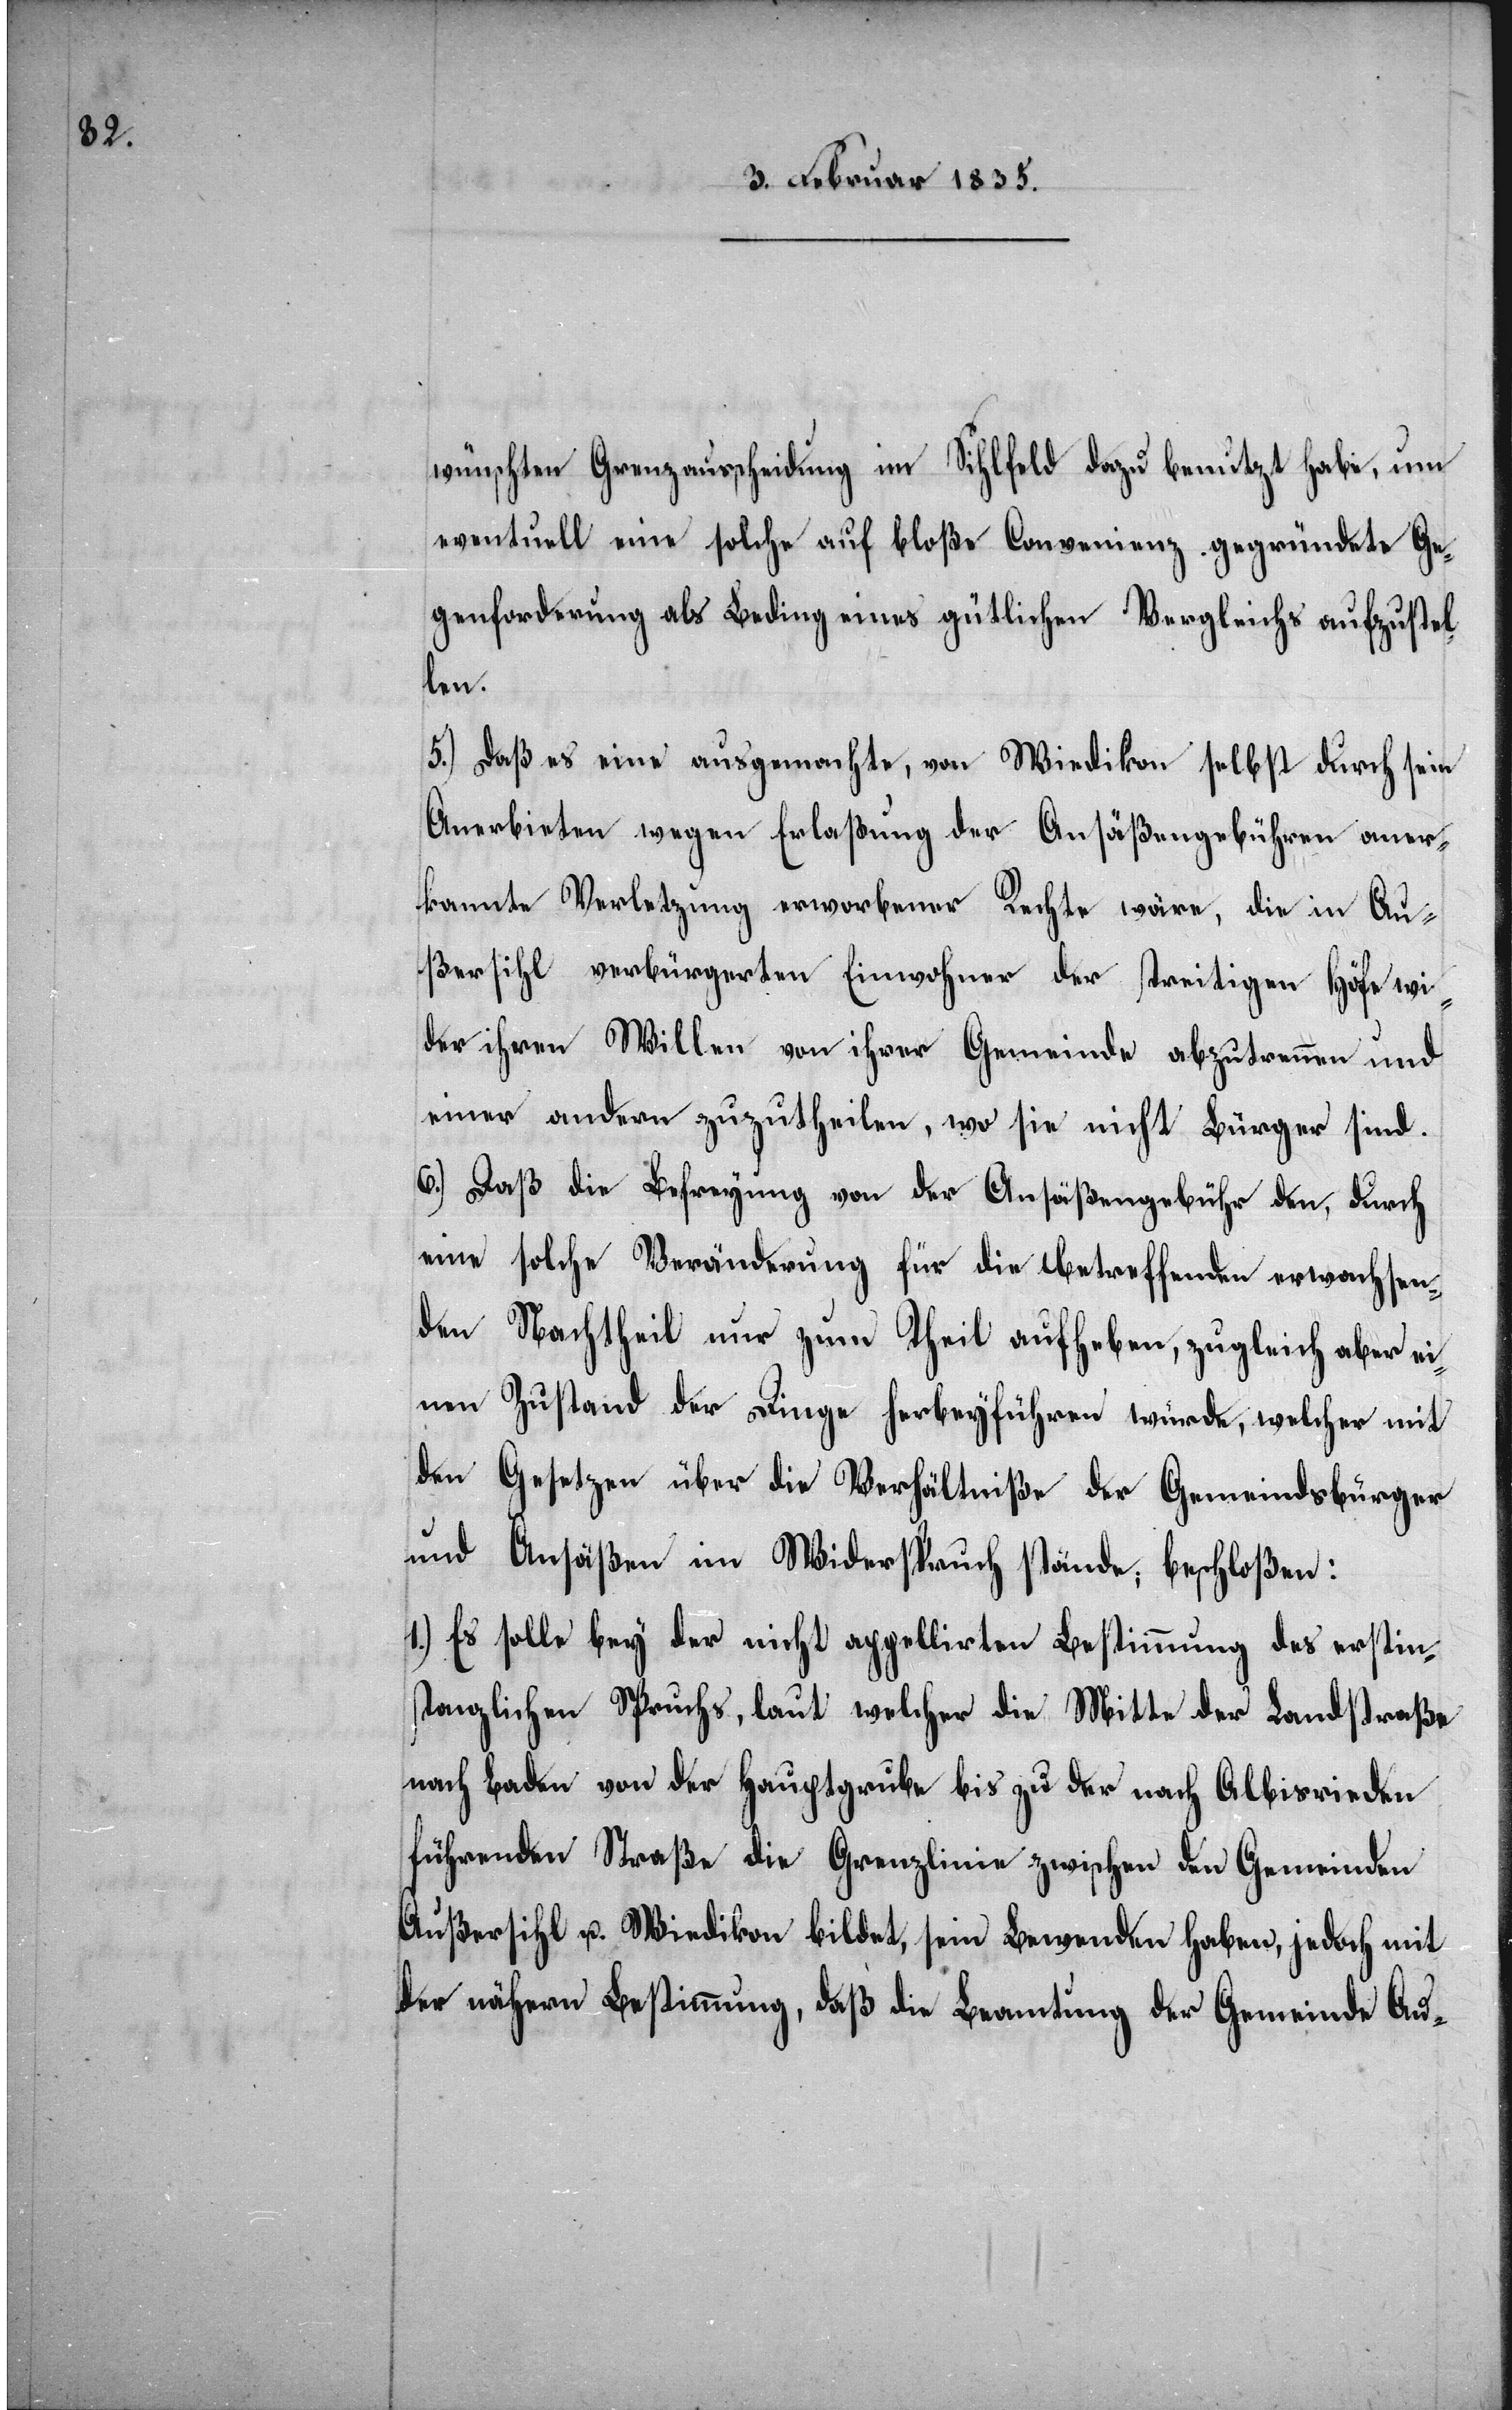
wünschten Grenzausscheidung im Sihlfeld dazu benutzt habe, um
eventuell eine solche auf bloße Convenienz gegründete Ge¬
genforderung als Beding eines gütlichen Vergleichs aufzustel¬
len.
5.) Daß es eine ausgemachte, von Wiedikon selbst durch sein
Anerbieten wegen Entlaßung der Ansäßengebühren aner¬
kannte Verletzung erworbener Rechte wäre, die in Au¬
ßersihl verbürgerten Einwohner der streitigen Höfe wi¬
der ihren Willen von ihrer Gemeinde abzutrennen und
einer andern zuzutheilen, wo sie nicht Bürger sind.
6.) Daß die Befreyung von der Ansäßengebühr den, durch
eine solche Veränderung für die betreffenden erwachsen¬
den Nachtheil nur zum Theil aufheben, zugleich aber ei¬
nen Zustand der Dinge herbeyführen würde, welcher mit
den Gesetzen über die Verhältniße der Gemeindsbürger
und Ansäßen im Widerspruch stände; beschloßen:
1.) Es solle bey der nicht appellirten Bestimmung des erstin¬
stanzlichen Spruchs, laut welcher die Mitte der Landstraße
nach Baden von der Hauptgrube bis zu der nach Albisrieden
führenden Straße die Grenzlinie zwischen den Gemeinden
Außersihl u. Wiedikon bildet, sein Bewenden haben, jedoch mit
der nähern Bestimmung, daß die Beamtung der Gemeinde Au-